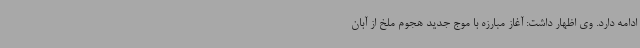
ادامه دارد. وی اظهار داشت: آغاز مبارزه با موج جدید هجوم ملخ از آبان